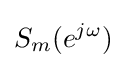
S_{m}(e^{j\omega })